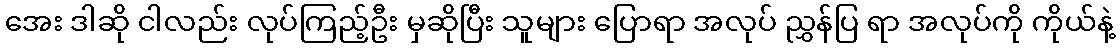
အေး ဒါဆို ငါလည်း လုပ်ကြည့်ဦး မှဆိုပြီး သူများ ပြောရာ အလုပ် ညွှန်ပြ ရာ အလုပ်ကို ကိုယ်နဲ့